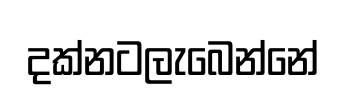
දක්නටලැබෙන්නේ